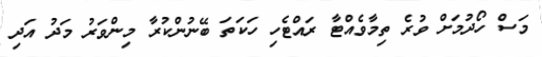
މަސް ހޯދުމަށް ވުރެ ތިމާވެއްޓާ ރައްޓެހި ހަކަތަ ބޭނުންކުރާ މިންވަރު މަދު އަދި